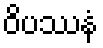
ဝိပဿနံ